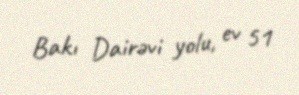
Bakı Dairəvi yolu, ev 51